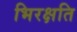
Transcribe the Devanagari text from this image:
भिरक्षति